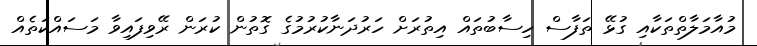
މުއާމަލާތްތަކާއި ގުޅޭ ތަފާސް ހިސާބުތައް އިތުރަށް ހަރުދަނާކުރުމުގެ ގޮތުން ކުރަން ރޭވިފައިވާ މަސައްކަތެއް